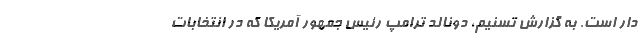
دار است. به گزارش تسنیم، دونالد ترامپ رئیس جمهور آمریکا که در انتخابات